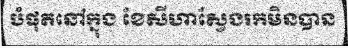
បំផុតនៅក្នុង ខែសីហាស្វែងរកមិនបាន